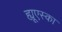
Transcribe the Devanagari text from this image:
ह्यूएस्का